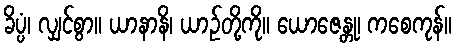
ခိပ္ပံ၊ လျှင်စွာ။ ယာနာနိ၊ ယာဉ်တို့ကို။ ယောဇေန္တု၊ ကစေကုန်။